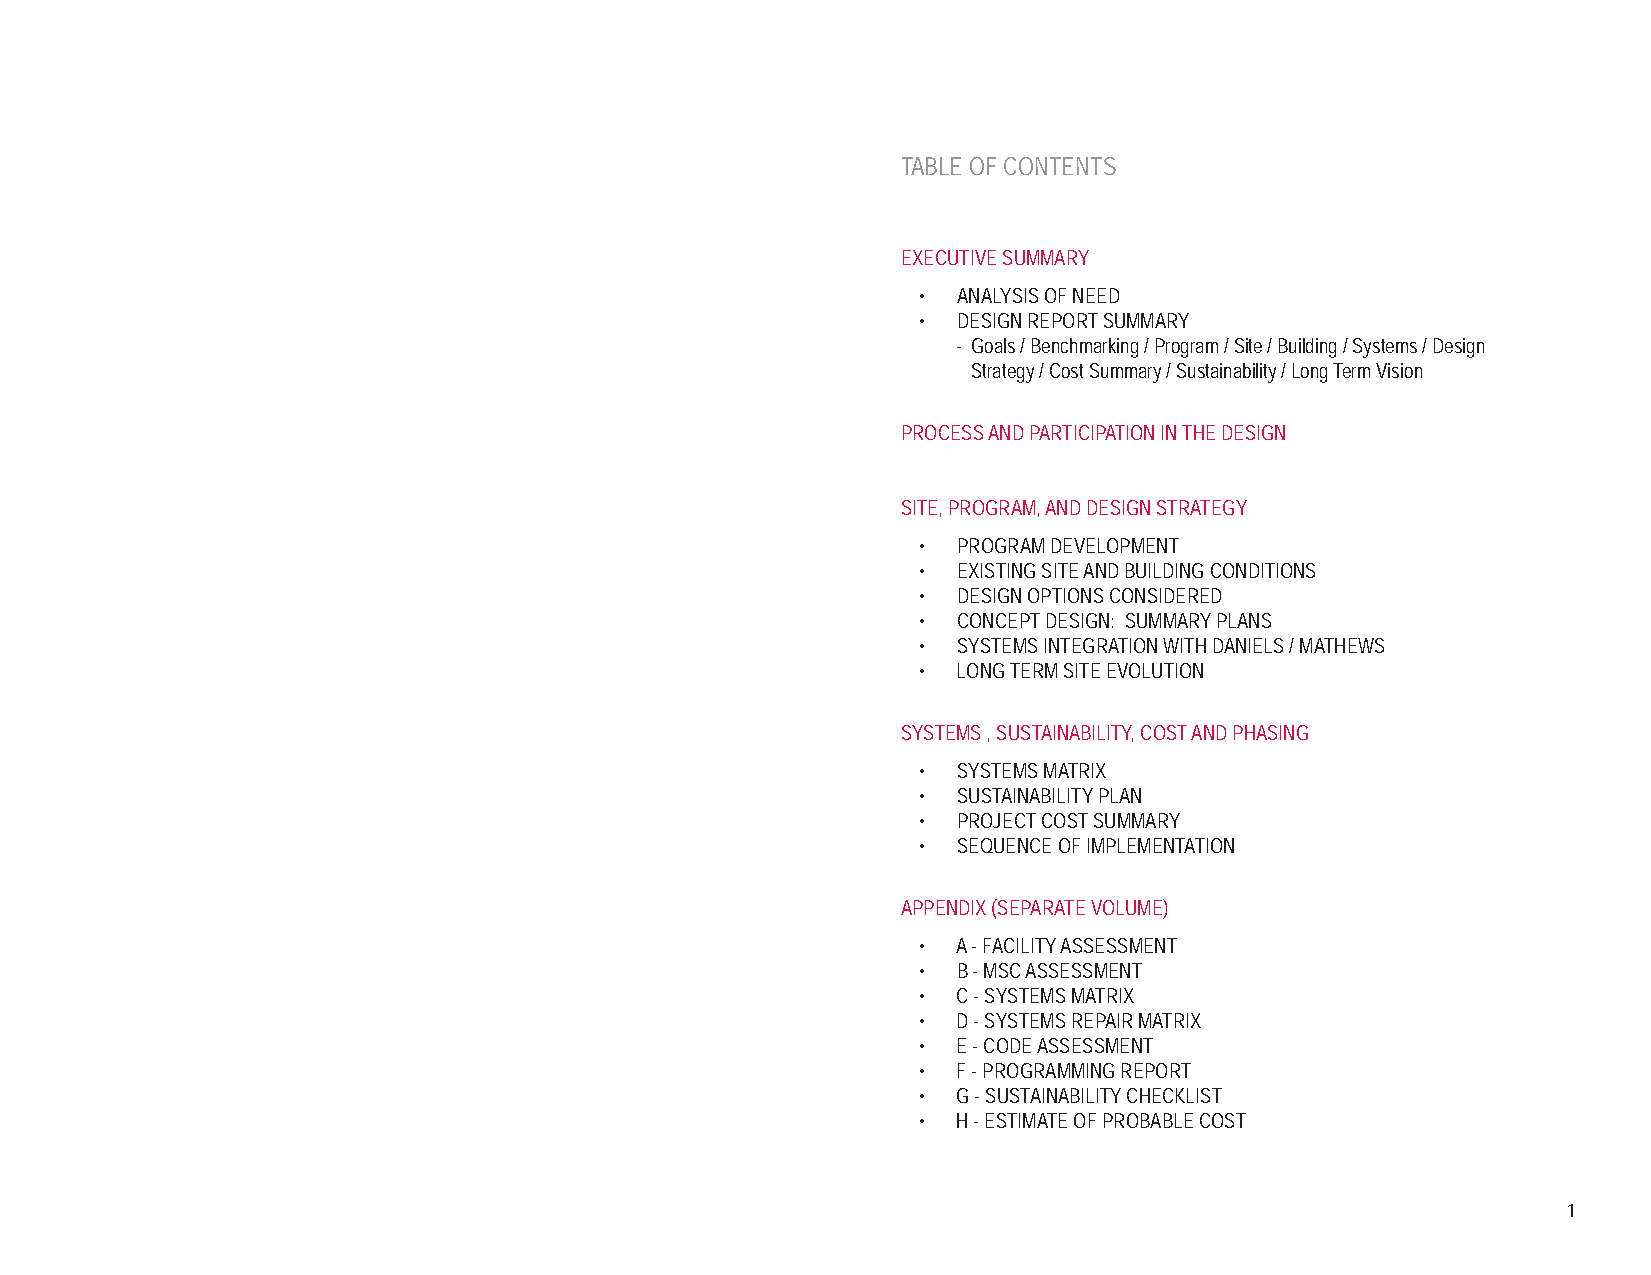
TABLE OF CONTENTS
 EXECUTIVE SUMMARY
 • ANALYSIS OF NEED
 • DESIGN REPORT SUMMARY
 - Goals / Benchmarking / Program / Site / Building / Systems / Design
 Strategy / Cost Summary / Sustainability / Long Term Vision
 PROCESS AND PARTICIPATION IN THE DESIGN
 SITE, PROGRAM, AND DESIGN STRATEGY
 • PROGRAM DEVELOPMENT
 • EXISTING SITE AND BUILDING CONDITIONS
 • DESIGN OPTIONS CONSIDERED
 • CONCEPT DESIGN: SUMMARY PLANS
 • SYSTEMS INTEGRATION WITH DANIELS / MATHEWS
 • LONG TERM SITE EVOLUTION
 SYSTEMS , SUSTAINABILITY, COST AND PHASING
 • SYSTEMS MATRIX
 • SUSTAINABILITY PLAN
 • PROJECT COST SUMMARY
 • SEQUENCE OF IMPLEMENTATION
 APPENDIX (SEPARATE VOLUME)
 • A - FACILITY ASSESSMENT
 • B - MSC ASSESSMENT
 • C - SYSTEMS MATRIX
 • D - SYSTEMS REPAIR MATRIX
 • E - CODE ASSESSMENT
 • F - PROGRAMMING REPORT
 • G - SUSTAINABILITY CHECKLIST
 • H - ESTIMATE OF PROBABLE COST
 1